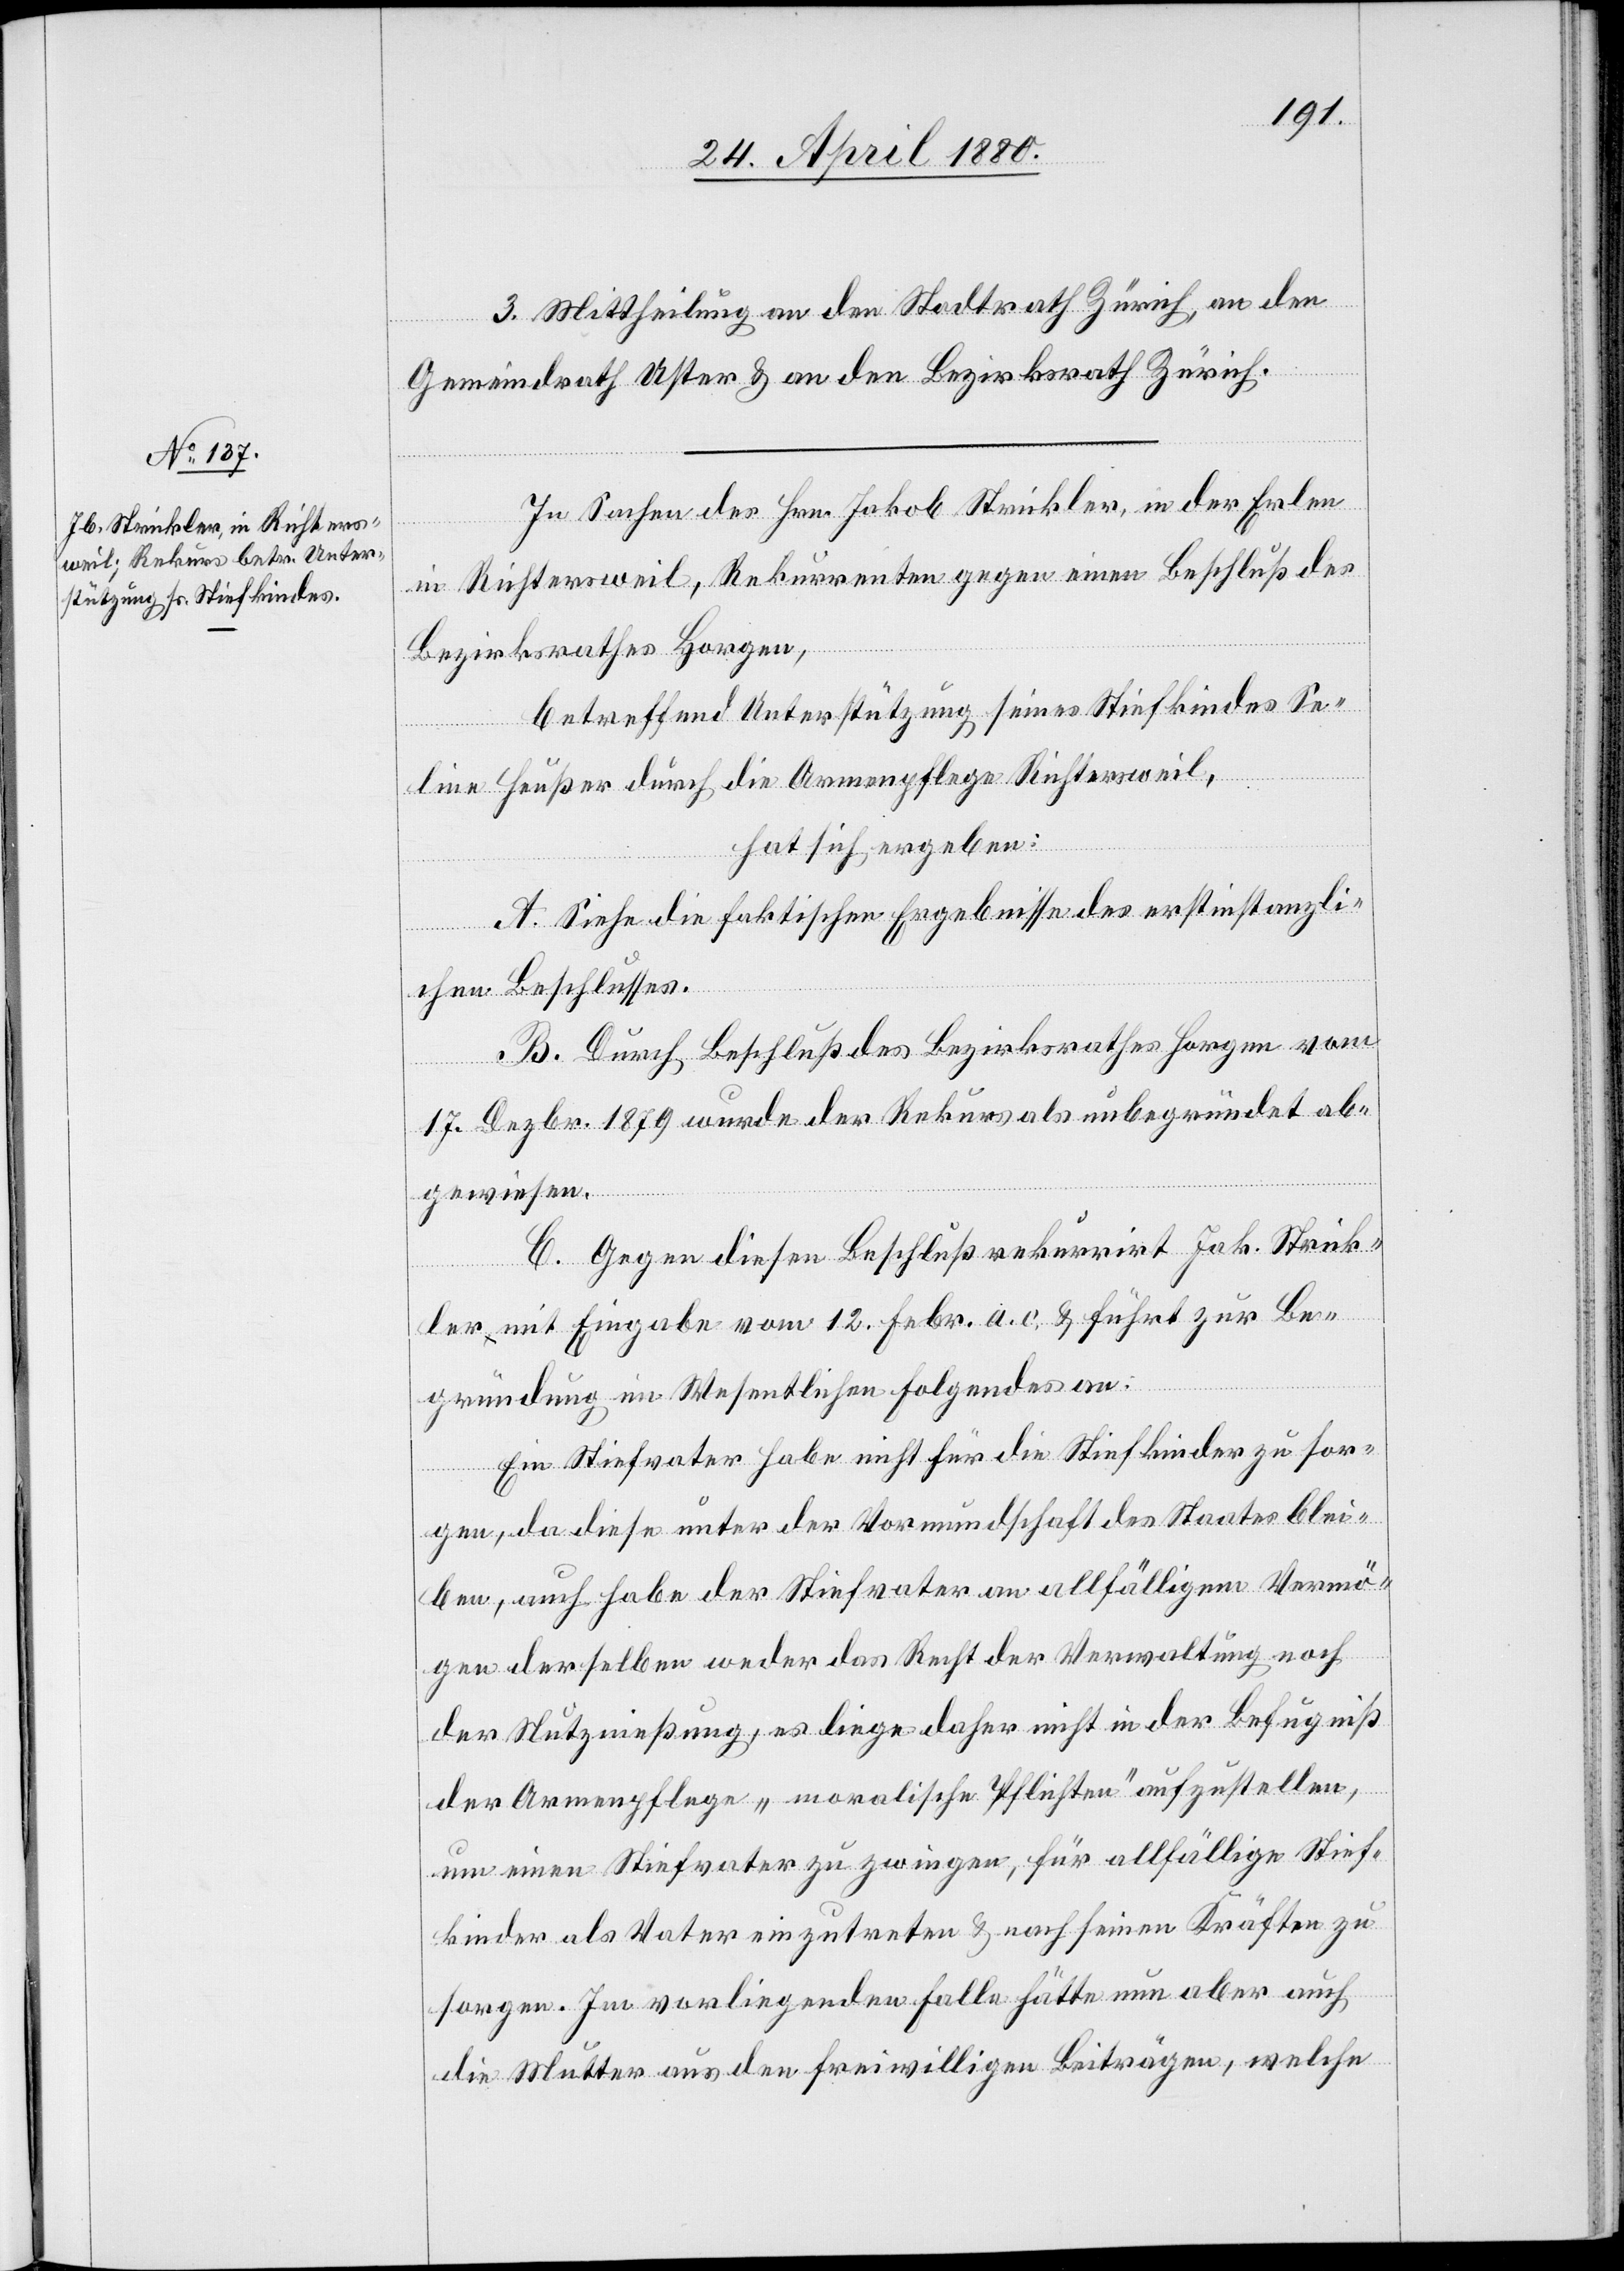
In Sachen des Hrn. Jakob Strickler, in der Erlen
in Richtersweil, Rekurrenten gegen einen Beschluß des
Bezirksrathes Horgen,
betreffend Unterstützung seines Stiefkindes Se¬
line Heußer durch die Armenpflege Richtersweil,
hat sich ergeben:
A. Siehe die faktischen Ergebnisse des erstinstanzli¬
chen Beschlusses.
B. Durch Beschluß des Bezirksrathes Horgen vom
17. Dezbr. 1879 wurde der Rekurs als unbegründet ab¬
gewiesen.
C. Gegen diesen Beschluß rekurrirt Jak. Strick¬
ler mit Eingabe vom 12. Febr. a. c. & führt zur Be¬
gründung im Wesentlichen folgendes an:
Ein Stiefvater habe nicht für die Stiefkinder zu sor¬
gen, da diese unter der Vormundschaft des Staates blei¬
ben, auch habe der Stiefvater am allfälligem Vermö¬
gen derselben weder das Recht der Verwaltung noch
der Nutznießung; es liege daher nicht in der Befugniß
der Armenpflege, „moralische Pflichten“ aufzustellen,
um einen Stiefvater zu zwingen, für allfällige Stief¬
kinder als Vater einzutreten & nach seinen Kräften zu
sorgen. Im vorliegenden Falle hätte nun aber auch
die Mutter aus den freiwilligen Beiträgen, welche